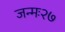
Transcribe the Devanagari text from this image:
जन्मः२७